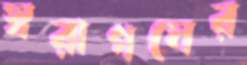
স্বরাগমের